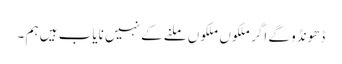
ڈھونڈو گے اگر ملکوں ملکوں ملنے کے نہیں نایاب ہیں ہم ۔